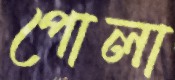
পোলা